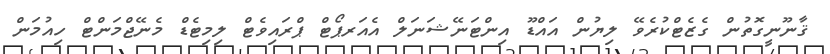
ޤާނޫނީގޮތުން ގެޒެޓްކުރެވޭ ލިޔުން އައްޑޫ އިންޓަނޭޝަނަލް އެއަރޕޯޓް ޕްރައިވެޓް ލިމިޓެޑް މެނޭޖްމަންޓް ހިއުމަން